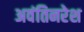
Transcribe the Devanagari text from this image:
अवंतिनरेश